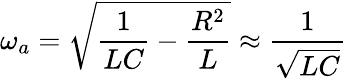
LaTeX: \omega_{a}=\sqrt{\frac{1}{LC}-\frac{R^{2}}{L}}\approx\frac{1}{\sqrt{LC}}